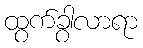
ထွက်ခွာလာရာ